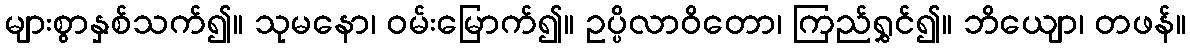
များစွာနှစ်သက်၍။ သုမနော၊ ဝမ်းမြောက်၍။ ဥပ္ပိလာဝိတော၊ ကြည်ရွှင်၍။ ဘိယျော၊ တဖန်။